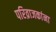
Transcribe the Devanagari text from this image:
परिव्राजकांना